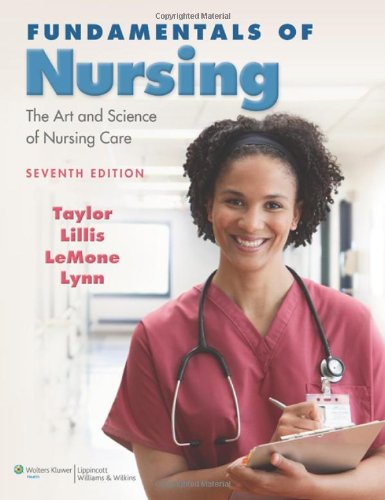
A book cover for Fundamentals of Nursing: The Art and Science of Nursing Care; Carol R. Taylor PhD  MSN  RN; Medical Books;